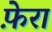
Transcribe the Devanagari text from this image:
फ़ेरा